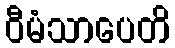
ဝီမံသာပေတိ